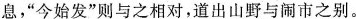
息，”今始发”则与之相对，道出山野与闹市之别。